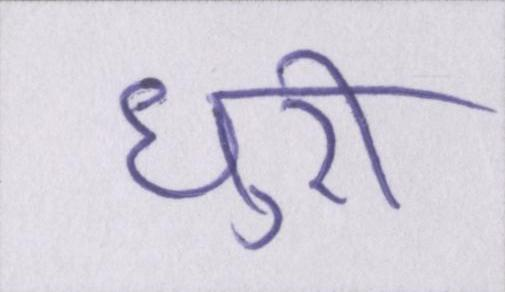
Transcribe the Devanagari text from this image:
धुरी